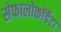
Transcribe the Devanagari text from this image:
सेफालोकॉर्डेटा